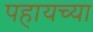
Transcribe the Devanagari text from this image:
पहायच्या